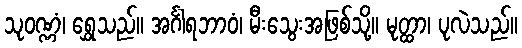
သုဝဏ္ဏံ၊ ရွှေသည်။ အင်္ဂါရဘာဝံ၊ မီးသွေးအဖြစ်သို့။ မုတ္ထာ၊ ပုလဲသည်။